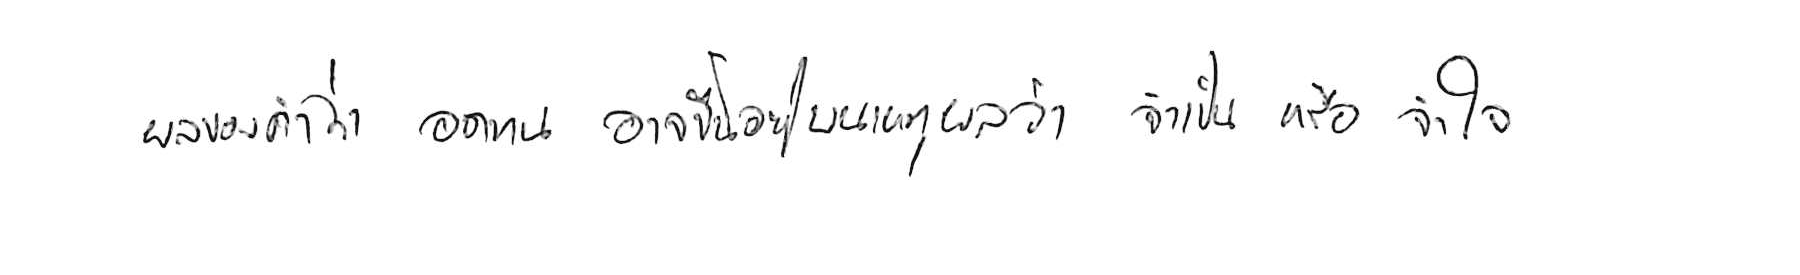
ผลของคำว่า อดทน อาจขึ้นอยู่บนเหตุผลว่า จำเป็น หรือ จำใจ